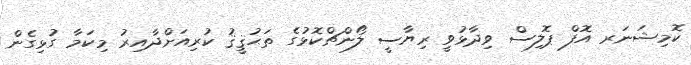
ކޮމިޝަނަރ އޮފް ޕޮލިސް ވިދާޅުވީ ރިޔާސީ ލޯންޗްކޮޅުގެ ތަޙުޤީޤު ކުރިއަށްދާއިރު މިކަމާ ގުޅިގެން